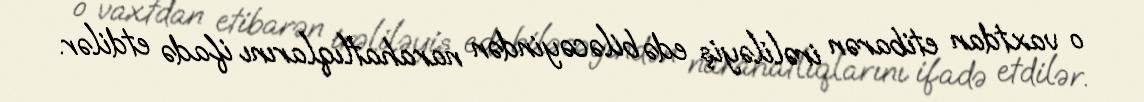
o vaxtdan etibarən irəliləyiş edə biləcəyindən narahatlıqlarını ifadə etdilər.